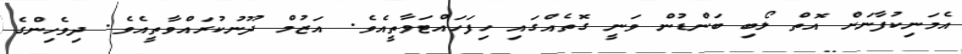
އެމަނިކުފާނަށް އޮތް ލޯބި ބަންޑުން ވަނީ ގޮތެއްގައި ހިފަހައްޓަވާތީއެވެ. އަޒުމް ދޫނުކުރައްވާތީއެވެ. ދިވެހިންގެ